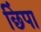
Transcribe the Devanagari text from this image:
छिंपा